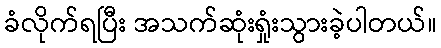
ခံလိုက်ရပြီး အသက်ဆုံးရှုံးသွားခဲ့ပါတယ်။